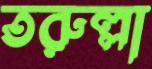
তরুল্লা